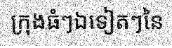
ក្រុងធំៗឯទៀតៗនៃ